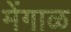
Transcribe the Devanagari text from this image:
मेंगाळ